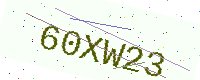
Text: 60XW23